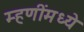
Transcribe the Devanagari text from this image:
म्हणींमध्ये